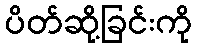
ပိတ်ဆို့ခြင်းကို